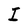
Character: I